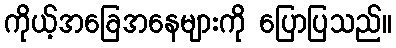
ကိုယ့်အခြေအနေများကို ပြောပြသည်။